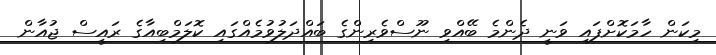
މިކަން ހާމަކޮށްފައި ވަނީ ދެންމެ ބޭއްވި ނޫސްވެރިންގެ ބައްދަލުވުމެއްގައި ކޮލަމްބިއާގެ ރައީސް ޖުއާން